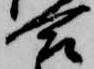
合